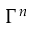
\Gamma ^ { n }